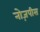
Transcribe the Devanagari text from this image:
नोज़पीस